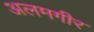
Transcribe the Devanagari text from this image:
अलमगीर